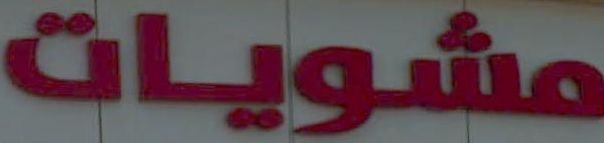
مشويات